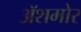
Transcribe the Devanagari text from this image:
अॅशमोर